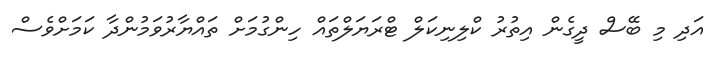
އަދި މި ބޭސް ދީގެން އިތުރު ކްލިނިކަލް ޓްރަޔަލްތައް ހިންގުމަށް ތައްޔާރުވަމުންދާ ކަމަށްވެސް